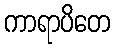
ကာရာပိတေ